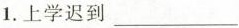
1.上学迟到___